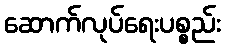
ဆောက်လုပ်ရေးပစ္စည်း